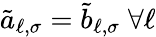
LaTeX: \tilde{a}_{\ell,\sigma}=\tilde{b}_{\ell,\sigma}\; \forall\ell